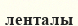
ленталы